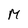
Character: M